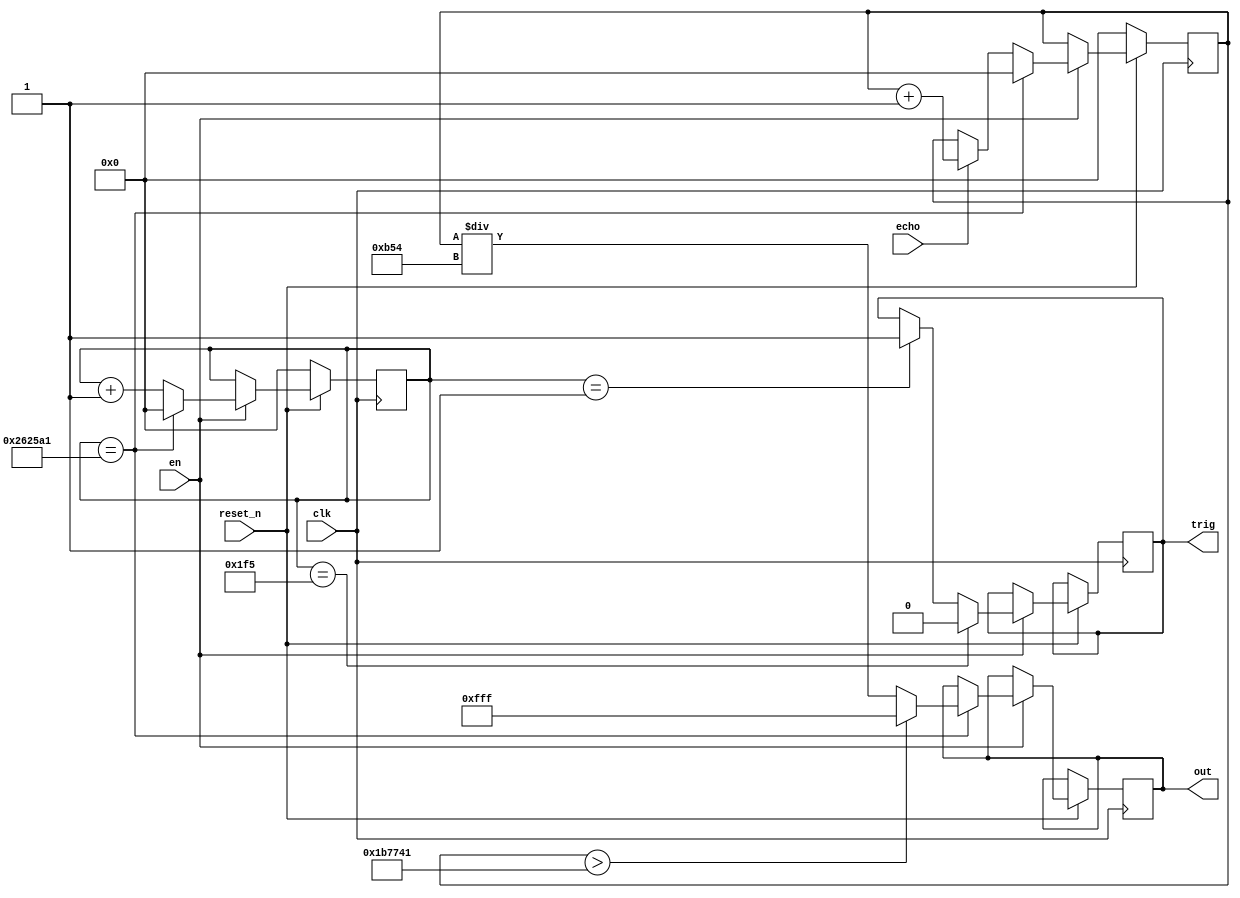
module sonic(clk,trig,reset_n,en,echo,out);
input clk,echo,reset_n,en;
output reg trig;
output reg[23:0]out;

reg [23:0]count;
reg [23:0]countp;


always@(posedge clk)
if(~reset_n)
begin
 countp<=24'b0;
 count<=24'b0;
end
else 

if(en)
begin
	countp<=countp+1'b1;
	if(countp==1)
	 trig<=1'b1;
	if(echo)
		count<=count+1'b1;	
	if(countp==501)
		trig<=1'b0;
	if(countp==2500001)
		begin
			if (count>1800001)			
				out<=24'hfff;
			else
				out<=count/24'd2900;// /50/58
			countp<=24'b0;
			count<=24'b0;
		end
end
endmodule